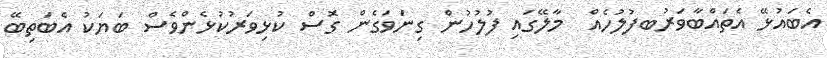
އެބައުޅޭ އެތައްބާވަރުބފުލުހެއް  މާލޭގައި ފުލުހުން ގިނަވަގެން ގޮސް ކުޅިވަރުކުޅެންވެސް ބަޔަކު އެބަތިބޭ